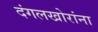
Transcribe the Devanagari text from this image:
दंगलखोरांना